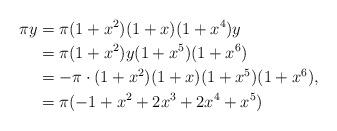
LaTeX: \begin{align*}\pi y &=\pi(1+x^2)(1+x)(1+x^4) y\\ &=\pi(1+x^2)y(1+x^5)(1+x^6)\\ &=-\pi\cdot(1+x^2)(1+x)(1+x^5)(1+x^6),\\&=\pi(-1+x^2+2x^3+2x^4+x^5)\end{align*}